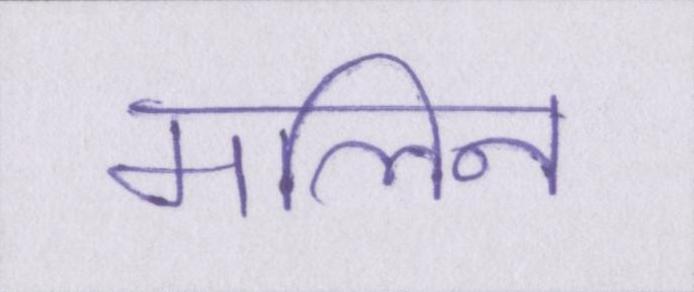
मलिन